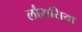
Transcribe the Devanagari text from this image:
लौरासिया